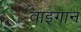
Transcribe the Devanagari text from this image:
वाइगान